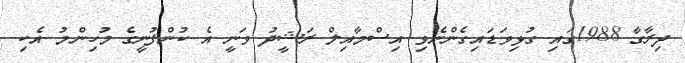
ދިރާގާ 1988ގައި ގުޅިވަޑައިގެންނެވި އިސްމާއިލް ރަޝީދު ވަނީ އެ ކުންފުނީގެ މުހިންމު އެކި